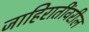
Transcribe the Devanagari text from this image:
जाहिरातींवरील